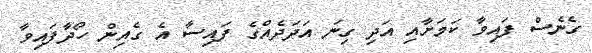
ގެނެސް ފައިވާ ކަމަށާއި އަދި ގިނަ އަދަދެއްގެ ފައިސާ އެ ގެއިން ހޯދާފައިވާ